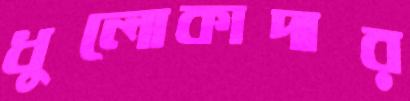
ধুলোকাদার